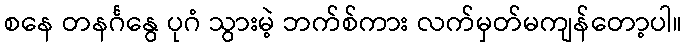
စနေ တနင်္ဂနွေ ပုဂံ သွားမဲ့ ဘက်စ်ကား လက်မှတ်မကျန်တော့ပါ။